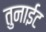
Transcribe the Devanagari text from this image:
तुनाईट